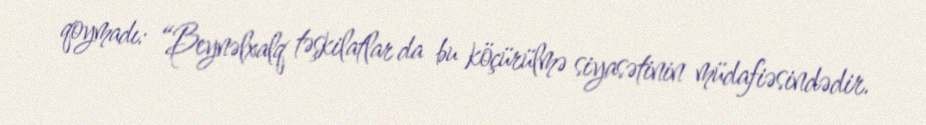
qoymadı: “Beynəlxalq təşkilatlar da bu köçürülmə siyasətinin müdafiəsindədir.